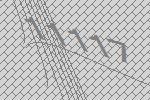
11117